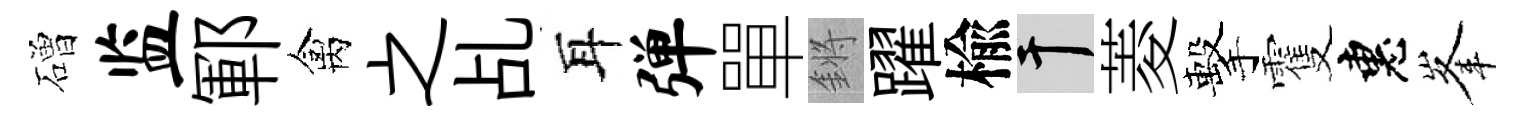
磳监鄆禽之乩耳弹單鏘躍楡干菱擊䨥惠峯